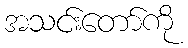
အသင်းတော်ကို